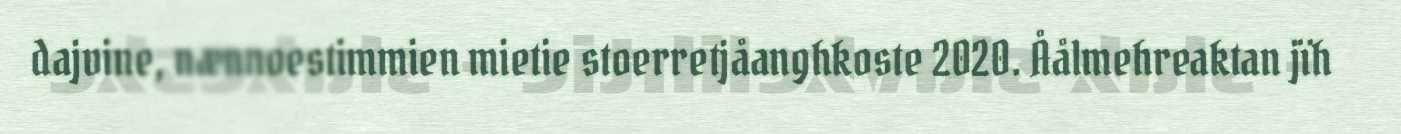
dajvine, nænnoestimmien mietie stoerretjåanghkoste 2020. Åålmehreaktan jïh